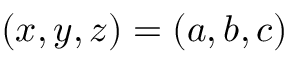
( x , y , z ) = ( a , b , c )